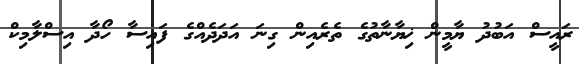
ރައީސް އަބުދު ޔާމީން ޚިޔާނާތުގެ ތެރެެއިން ގިނަ އަދަދެއްގެ ފައިސާ ހޯދާ އިސްލާމިކް